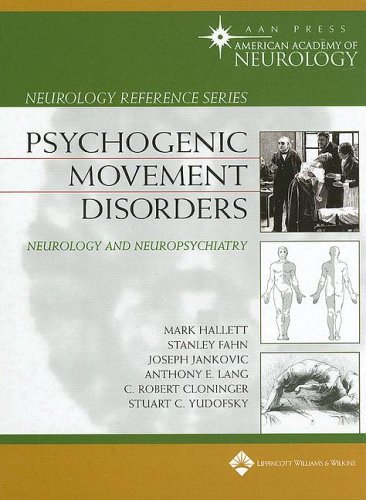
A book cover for Psychogenic Movement Disorders: Neurology and Neuropsychiatry (Neurology Reference Series); Health, Fitness & Dieting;